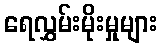
ရေလွှမ်းမိုးမှုများ